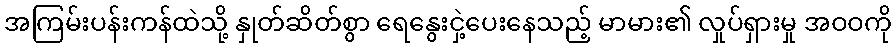
အကြမ်းပန်းကန်ထဲသို့ နှုတ်ဆိတ်စွာ ရေနွေးငှဲ့ပေးနေသည့် မာမား၏ လှုပ်ရှားမှု အဝဝကို